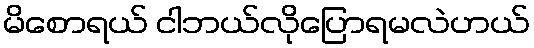
မိစောရယ် ငါဘယ်လိုပြောရမလဲဟယ်